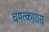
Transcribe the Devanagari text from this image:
चमत्कारास